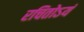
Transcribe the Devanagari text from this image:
रचितोऽयं